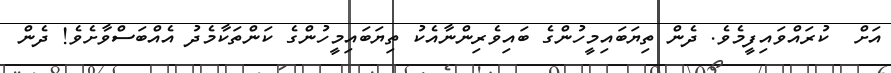
އަށް  ކުރައްވައިފީމެވެ. ދެން ތިޔަބައިމީހުންގެ ބައިވެރިންނާއެކު ތިޔަބައިމީހުންގެ ކަންތަކާމެދު އެއްބަސްވާށެވެ! ދެން